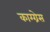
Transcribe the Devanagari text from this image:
काग्ग्रेस